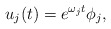
\begin{align*} u_j(t) = e^{\omega_j t} \phi_j, \end{align*}